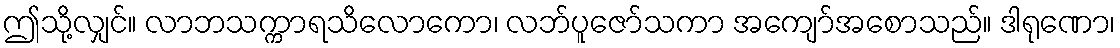
ဤသို့လျှင်။ လာဘသက္ကာရသိလောကော၊ လဘ်ပူဇော်သကာ အကျော်အစောသည်။ ဒါရုဏော၊